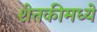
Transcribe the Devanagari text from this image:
शेतकीमध्ये